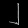
Digit: ၂